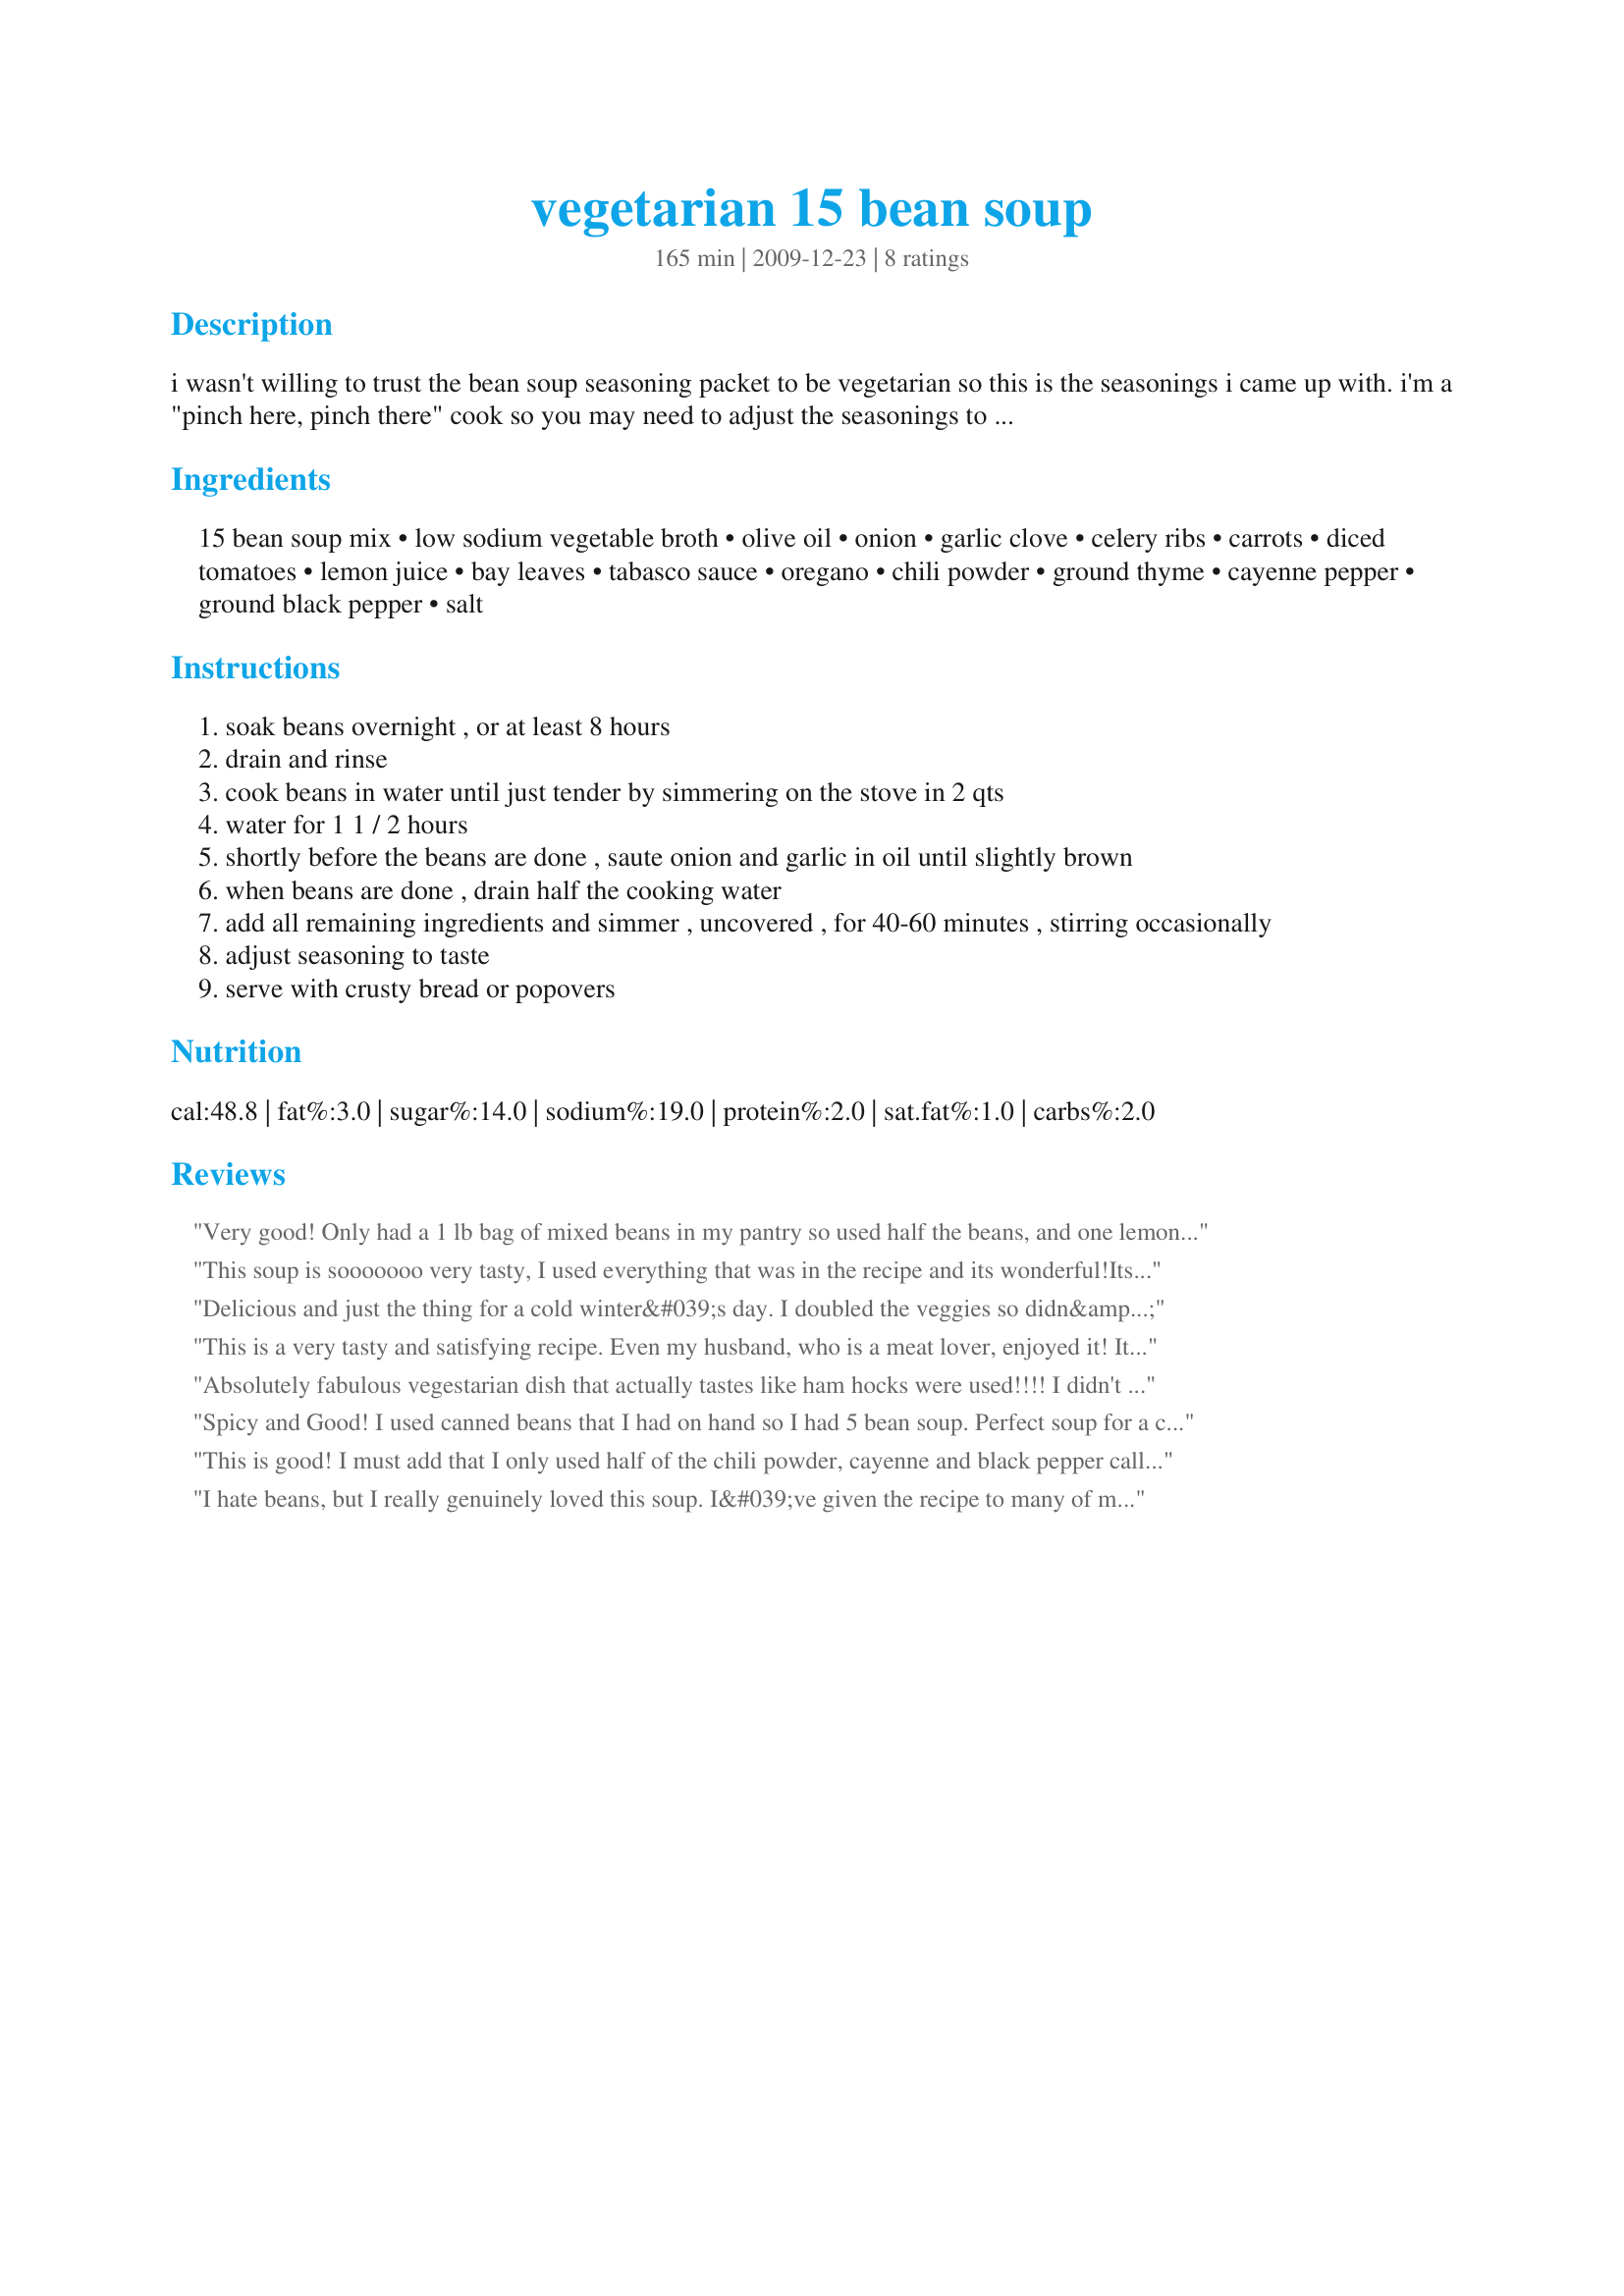
vegetarian 15 bean soup
Preparation time: 165 minutes

i wasn't willing to trust the bean soup seasoning packet to be vegetarian so this is the seasonings i came up with. i'm a "pinch here, pinch there" cook so you may need to adjust the seasonings to your taste. when cooking the beans, make sure they are tender before adding any acidic ingredients like tomatoes or lemon juice.

Ingredients:
15 bean soup mix, low sodium vegetable broth, olive oil, onion, garlic clove, celery ribs, carrots, diced tomatoes, lemon juice, bay leaves, tabasco sauce, oregano, chili powder, ground thyme, cayenne pepper, ground black pepper, salt

Steps:
soak beans overnight , or at least 8 hours
drain and rinse
cook beans in water until just tender by simmering on the stove in 2 qts
water for 1 1 / 2 hours
shortly before the beans are done , saute onion and garlic in oil until slightly brown
when beans are done , drain half the cooking water
add all remaining ingredients and simmer , uncovered , for 40-60 minutes , stirring occasionally
adjust seasoning to taste
serve with crusty bread or popovers

Reviews:
Very good! Only had a 1 lb bag of mixed beans in my pantry so used half the beans, and one lemon since that is what I had. With half the beans, made it soupier -- served over brown rice. Did full spices -- had a kick but not overly so. Will definitely make again.
This soup is sooooooo very tasty, I used everything that was in the recipe and its wonderful!Its such a very healthy recipe too, so much so that I have given it to a friend who runs a 'Slimming World' and she has had rave reviews!<br/>I work in an English tearooms, in the north east of england underneath an ancient Monument called Penshaw Monument and I am busy cooking the soup to take into the tearooms to try it out on our menu, as the sample i took in really wowed the boss and my co-workers, so watch this space!
Delicious and just the thing for a cold winter&#039;s day. I doubled the veggies so didn&#039;t drain any of the water used to boil the beans. I overdid it a little on the Tabasco but still was very good.
This is a very tasty and satisfying recipe. Even my husband, who is a meat lover, enjoyed it! It is spicy but does "settle down" after it rests. Definitely a keeper!
Absolutely fabulous vegestarian dish that actually tastes like ham hocks were used!!!! I didn't have tabasco sauce so I used a can of Rotel diced tomatos and green chilies. I actually overcooked the bean mixture and some of the beans appeared like refried beans making the mixture thick and soupy. It was fabulous and easy to make. Highly recommended for someone who wants healthy, nutrient rich and fiber friendly food.
Spicy and Good! I used canned beans that I had on hand so I had 5 bean soup. Perfect soup for a cold day!
This is good! I must add that I only used half of the chili powder, cayenne and black pepper called for, while adding 1 tsp. salt instead of 1/2 tsp. I tamed it in hopes that my children would like it, but it was still too hot for them! I thought it was spicy enough with my changes, I don't know if I would have enjoyed it with the full amounts added, and I like spicy food. I am happy to have found a good recipe that doesn't call for meat addition - thanks!
I hate beans, but I really genuinely loved this soup. I&#039;ve given the recipe to many of my friends for meatless Monday :)
